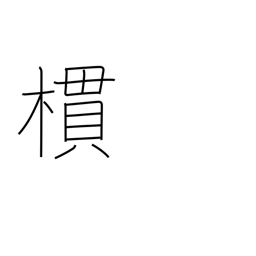
Meaning: grove